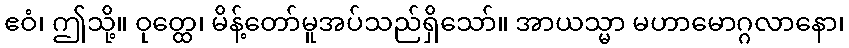
ဧဝံ၊ ဤသို့။ ဝုတ္ထေ၊ မိန့်တော်မူအပ်သည်ရှိသော်။ အာယသ္မာ မဟာမောဂ္ဂလာနော၊